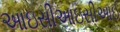
આઇસીઆઇસીઆઈ